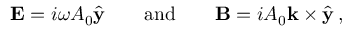
{ \bf E } = i \omega A _ { 0 } \hat { { \bf y } } \quad \quad \mathrm { a n d } \quad \quad { \bf B } = i A _ { 0 } { \bf k } \times \hat { { \bf y } } \, ,